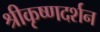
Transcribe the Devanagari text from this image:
श्रीकृष्णदर्शन